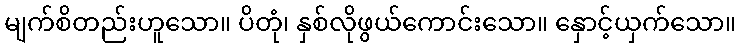
မျက်စိတည်းဟူသော။ ပိတုံ၊ နှစ်လိုဖွယ်ကောင်းသော။ နှောင့်ယှက်သော။